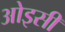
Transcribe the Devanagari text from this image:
ओइसी